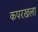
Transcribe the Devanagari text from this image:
कपरखला